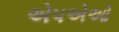
એપએઓ